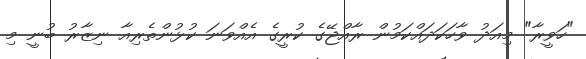
"ހަވީރާ" މިއަދު ވާހަކަދައްކަމުން ރާއްޖޭގެ ކުރީގެ އެއްވަނަ ކުޅުންތެރިއާ ނިޒާރު ބުނީ މި